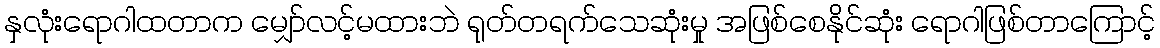
နှလုံးရောဂါထတာက မျှော်လင့်မထားဘဲ ရုတ်တရက်သေဆုံးမှု အဖြစ်စေနိုင်ဆုံး ရောဂါဖြစ်တာကြောင့်